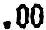
.00